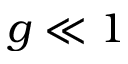
g \ll 1